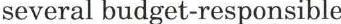
several budget-responsible